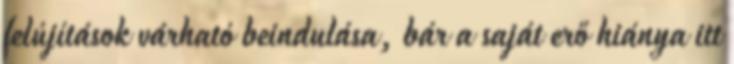
felújítások várható beindulása, bár a saját erő hiánya itt